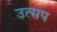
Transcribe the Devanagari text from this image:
उत्सप